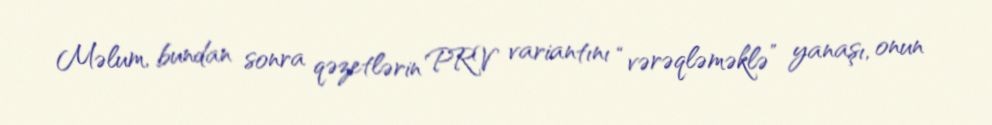
Məlum, bundan sonra qəzetlərin PRV variantını “vərəqləməklə” yanaşı, onun